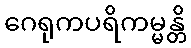
ဂေရုကပရိကမ္မန္တိ